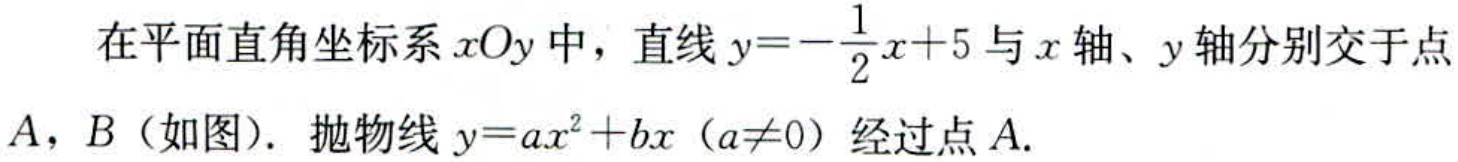
在平面直角坐标系\(xOy\)中，直线\(y = -\frac{1}{2}x + 5\)与\(x\)轴、\(y\)轴分别交于点\(A\)，\(B\)（如图）. 抛物线\(y = ax^{2}+bx\)（\(a\neq0\)）经过点\(A\).